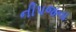
નીપજના